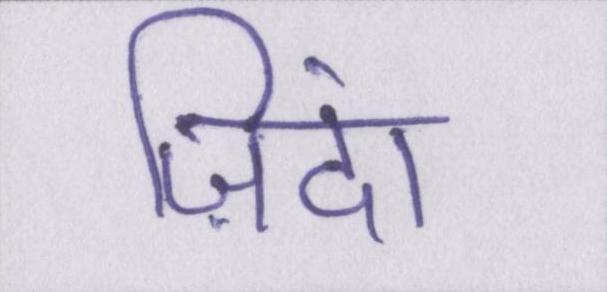
ज़िंदा